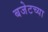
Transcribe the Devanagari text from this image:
बजेटच्या